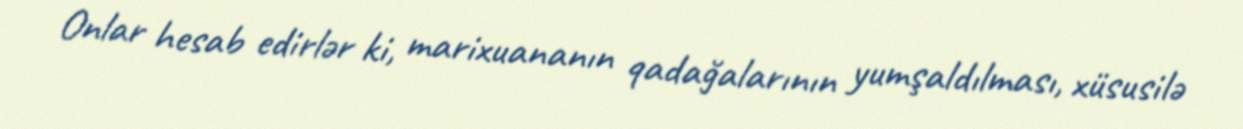
Onlar hesab edirlər ki, marixuananın qadağalarının yumşaldılması, xüsusilə